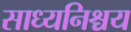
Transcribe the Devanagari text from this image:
साध्यनिश्चय